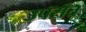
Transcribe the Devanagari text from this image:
उपराँत